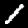
Label: 1